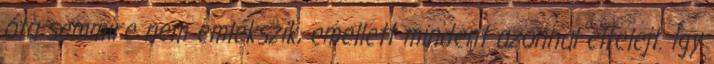
óta semmire nem emlékszik, emellett mindent azonnal elfelejt. Így